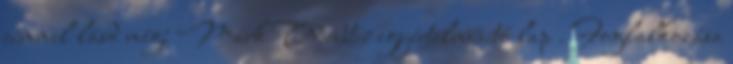
címmel lásd még: Mark Webster egyértelműsítő lap . Foglalkozása